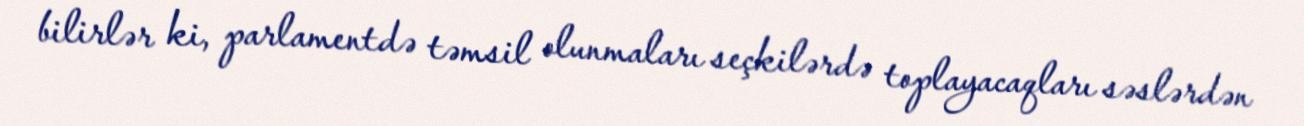
bilirlər ki, parlamentdə təmsil olunmaları seçkilərdə toplayacaqları səslərdən